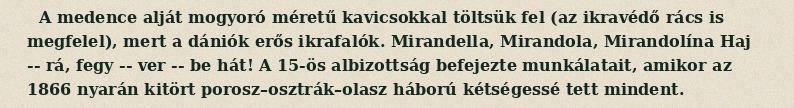
A medence alját mogyoró méretű kavicsokkal töltsük fel (az ikravédő rács is megfelel), mert a dániók erős ikrafalók. Mirandella, Mirandola, Mirandolína Haj -- rá, fegy -- ver -- be hát! A 15-ös albizottság befejezte munkálatait, amikor az 1866 nyarán kitört porosz–osztrák–olasz háború kétségessé tett mindent.